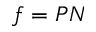
f = P N